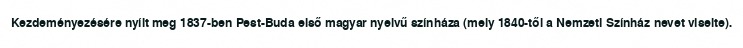
Kezdeményezésére nyílt meg 1837-ben Pest-Buda első magyar nyelvű színháza (mely 1840-től a Nemzeti Színház nevet viselte).